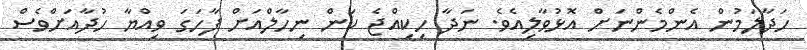
ހަދާލަމުން އެންމެންނަށް އޮޅުވާލިއެވެ. ނަދާ ހިކިއްޖެ ކަން ނިހާލްއަށް ފާހަގަ ވިއްޔާ ހުދާއަށްވެސް